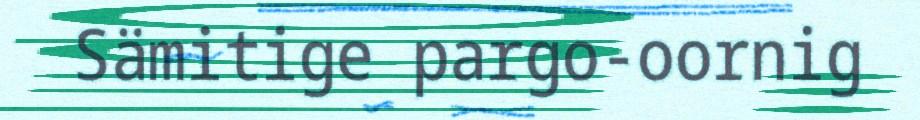
Sämitige pargo-oornig